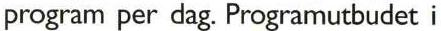
program per dag. Programutbudet i